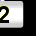
Digit: 2